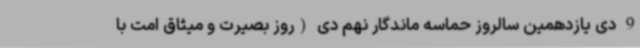
9 دی یازدهمین سالروز حماسه ماندگار نهم دی (روز بصیرت و میثاق امت با